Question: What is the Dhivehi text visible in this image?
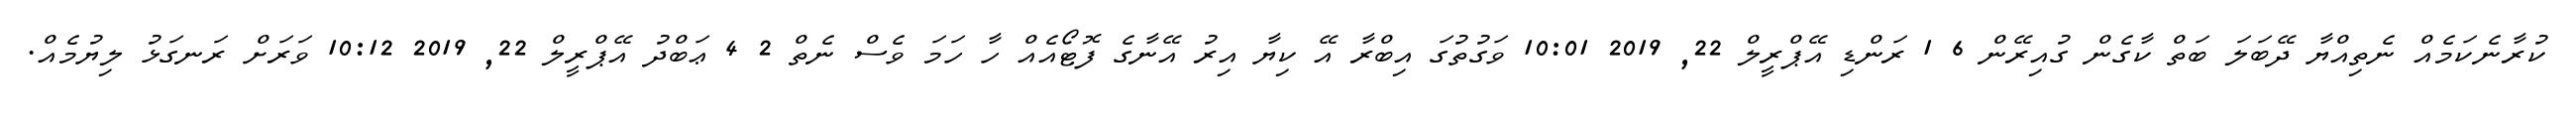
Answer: ކުރާނެކަމެއް ނެތިއްޔާ ދޭބަލަ ބަތް ކާގެން ގުއިރޭން 6 1 ރަންޑި އޭޕްރީލް 22, 2019 10:01 ވަގުތުގަ އިބްރާ އޭ ކިޔާ އިރު އޭނާގެ ފޮޓޯއެއް ހާ ހަމަ ވެސް ނެތް 2 4 ޢަބްދު އޭޕްރީލް 22, 2019 10:12 ވަރަށް ރަނގަޅު ލިޔުމެއް.